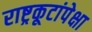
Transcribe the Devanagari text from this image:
राष्ट्रकूटांपेक्षा